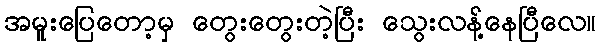
အမူးပြေတော့မှ တွေးတွေးတဲ့ပြီး သွေးလန့်နေပြီလေ။